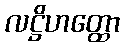
လဋ္ဌိဟတ္ထော